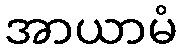
အာယာမံ